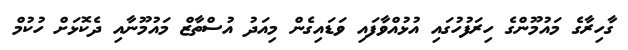
ގާހިރާގެ މައުމޫންގެ ހިރަފުހުގައި އުޅުއްވާފައި ވަޑައިގެން މިއަދު އުސްތާޒް މައުމޫނާއި ދެކޮޅަށް ހުކުމް